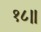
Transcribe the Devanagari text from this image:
१८॥